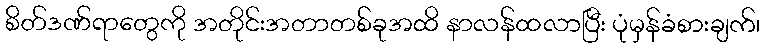
စိတ်ဒဏ်ရာတွေကို အတိုင်းအတာတစ်ခုအထိ နာလန်ထလာပြီး ပုံမှန်ခံစားချက်၊